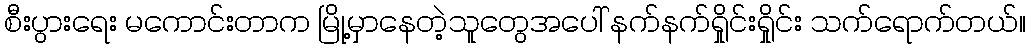
စီးပွားရေး မကောင်းတာက မြို့မှာနေတဲ့သူတွေအပေါ် နက်နက်ရှိုင်းရှိုင်း သက်ရောက်တယ်။